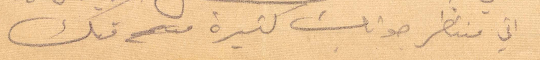
اني منتظر جوابات كثيرة منك